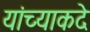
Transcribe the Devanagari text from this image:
यांच्याकदे